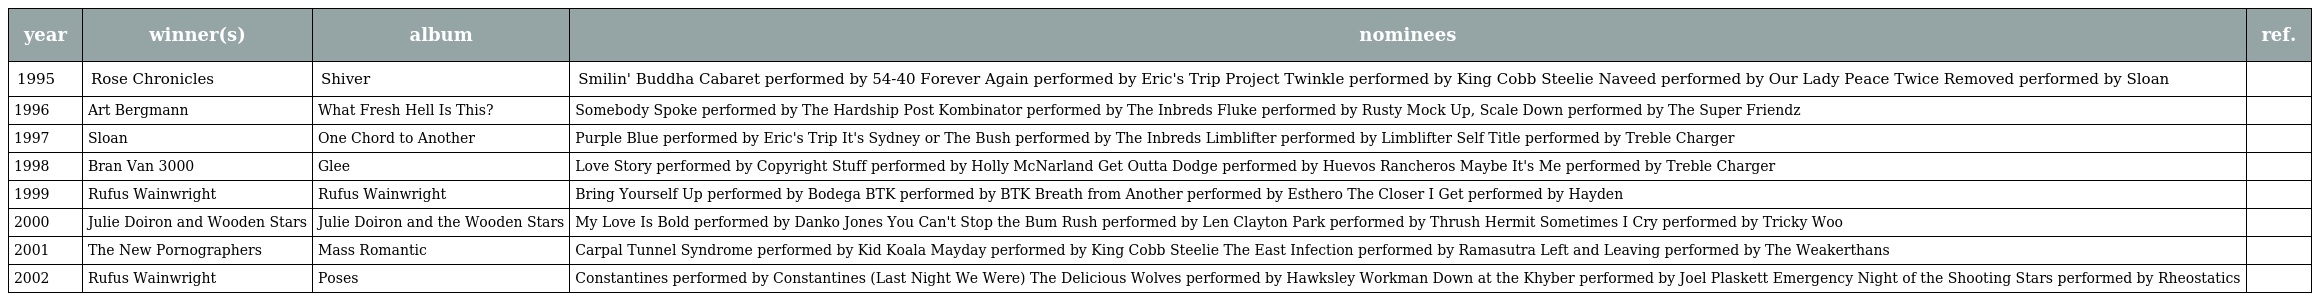
| year | winner(s) | album | nominees | ref. |
 | --- | --- | --- | --- | --- |
 | 1995 | Rose Chronicles | Shiver | Smilin' Buddha Cabaret performed by 54-40 Forever Again performed by Eric's Trip Project Twinkle performed by King Cobb Steelie Naveed performed by Our Lady Peace Twice Removed performed by Sloan |  |
 | 1996 | Art Bergmann | What Fresh Hell Is This? | Somebody Spoke performed by The Hardship Post Kombinator performed by The Inbreds Fluke performed by Rusty Mock Up, Scale Down performed by The Super Friendz |  |
 | 1997 | Sloan | One Chord to Another | Purple Blue performed by Eric's Trip It's Sydney or The Bush performed by The Inbreds Limblifter performed by Limblifter Self Title performed by Treble Charger |  |
 | 1998 | Bran Van 3000 | Glee | Love Story performed by Copyright Stuff performed by Holly McNarland Get Outta Dodge performed by Huevos Rancheros Maybe It's Me performed by Treble Charger |  |
 | 1999 | Rufus Wainwright | Rufus Wainwright | Bring Yourself Up performed by Bodega BTK performed by BTK Breath from Another performed by Esthero The Closer I Get performed by Hayden |  |
 | 2000 | Julie Doiron and Wooden Stars | Julie Doiron and the Wooden Stars | My Love Is Bold performed by Danko Jones You Can't Stop the Bum Rush performed by Len Clayton Park performed by Thrush Hermit Sometimes I Cry performed by Tricky Woo |  |
 | 2001 | The New Pornographers | Mass Romantic | Carpal Tunnel Syndrome performed by Kid Koala Mayday performed by King Cobb Steelie The East Infection performed by Ramasutra Left and Leaving performed by The Weakerthans |  |
 | 2002 | Rufus Wainwright | Poses | Constantines performed by Constantines (Last Night We Were) The Delicious Wolves performed by Hawksley Workman Down at the Khyber performed by Joel Plaskett Emergency Night of the Shooting Stars performed by Rheostatics |  |